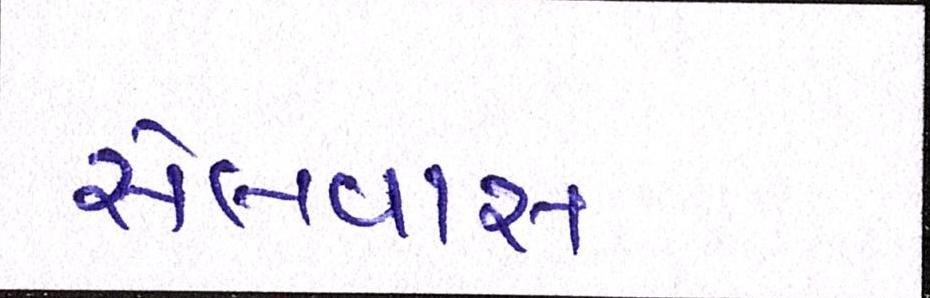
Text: સેલવાસ